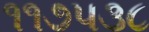
૧૧૭૫૩૮